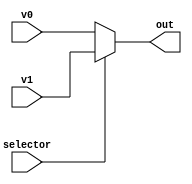
module multiplexer (
	input [15:0] v0, v1,
	input selector,
	output [15:0] out
);

assign out = selector ? v1 : v0;

endmodule